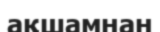
ақшамнан